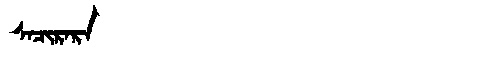
Manchu: ᠰᠠᠴᡳᡵᠠᡵᠠ
Romanization: SACIRARA